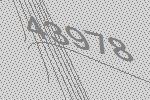
43978